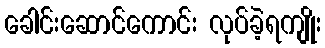
ခေါင်းဆောင်ကောင်း လုပ်ခဲ့ရကျိုး